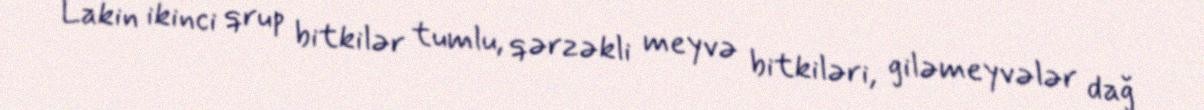
Lakin ikinci qrup bitkilər tumlu, qərzəkli meyvə bitkiləri, giləmeyvələr dağ